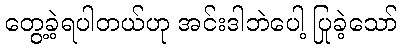
တွေ့ခဲ့ရပါတယ်ဟု အင်းဒါဘဲပေါ့ ပြုခဲ့သော်